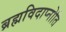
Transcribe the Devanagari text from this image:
ब्रह्मविदाप्नोति